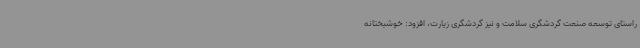
راستای توسعه صنعت گردشگری سلامت و نیز گردشگری زیارت، افزود: خوشبختانه